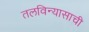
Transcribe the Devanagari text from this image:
तलविन्यासाची